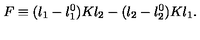
F \equiv ( \l _ { 1 } - \l _ { 1 } ^ { 0 } ) K \l _ { 2 } - ( \l _ { 2 } - \l _ { 2 } ^ { 0 } ) K \l _ { 1 } .